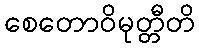
စေတောဝိမုတ္တီတိ